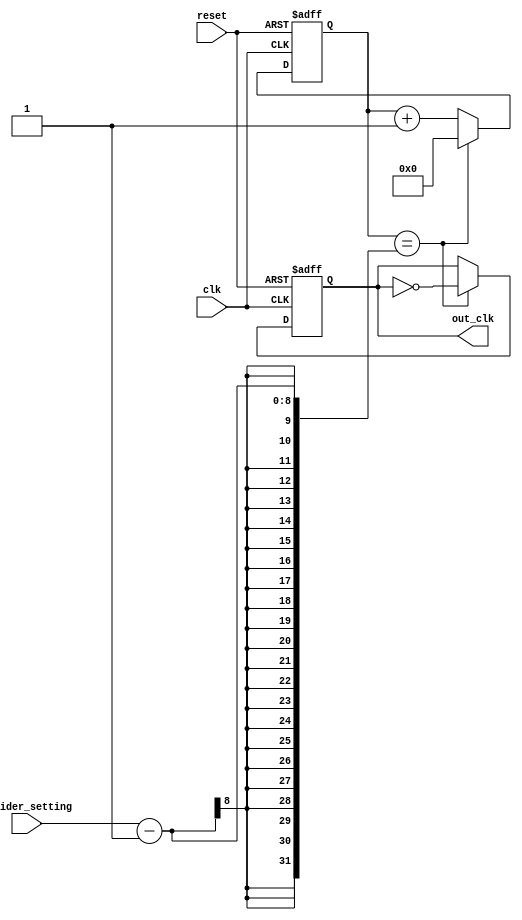
module frequency_divider (
    input wire clk,
    input wire reset,
    input wire [7:0] divider_setting,
    output reg out_clk
);

reg [7:0] counter;

always @(posedge clk or posedge reset) begin
    if (reset) begin
        counter <= 8'b0;
        out_clk <= 1'b0;
    end else begin
        if (counter == divider_setting - 1) begin
            counter <= 8'b0;
            out_clk <= ~out_clk;
        end else begin
            counter <= counter + 1;
        end
    end
end

endmodule